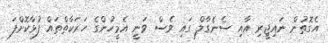
އެގޮތުން ނައިޖީރި އާއި ސެނެގާލް ގައި ވެސް ވަނީ އެމީހުންގެ ހަރަކާތްތައް ފުޅާކޮށްފަ